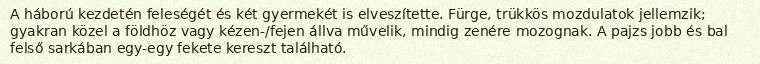
A háború kezdetén feleségét és két gyermekét is elveszítette. Fürge, trükkös mozdulatok jellemzik; gyakran közel a földhöz vagy kézen-/fejen állva művelik, mindig zenére mozognak. A pajzs jobb és bal felső sarkában egy-egy fekete kereszt található.